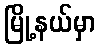
မြို့နယ်မှာ